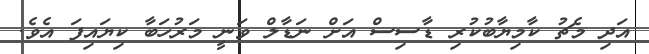
އަދި މެޗު ކާމިޔާބުކުރި ޑާސިސް އަށް ނަޑާލް ވަނީ މަރުހަބާ ކިޔައިފަ އެވެ.